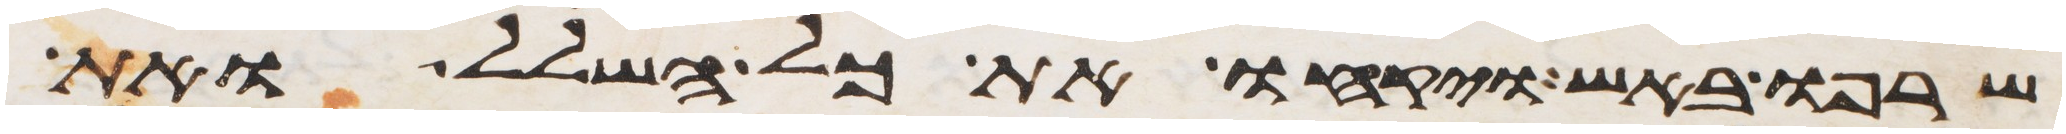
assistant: שרפו באש ויקחו את כל השלל ואת